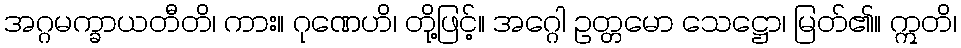
အဂ္ဂမက္ခာယတီတိ၊ ကား။ ဂုဏေဟိ၊ တို့ဖြင့်။ အဂ္ဂေါ ဥတ္တမော သေဋ္ဌော၊ မြတ်၏။ ဣတိ၊